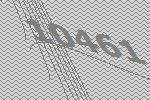
10461